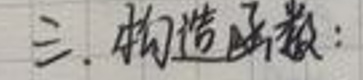
三. 构造函数：